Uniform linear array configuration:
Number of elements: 16
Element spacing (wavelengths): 1
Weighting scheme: exponential
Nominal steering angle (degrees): -60
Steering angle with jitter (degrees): -60.878
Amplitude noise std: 0.05
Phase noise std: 0.05

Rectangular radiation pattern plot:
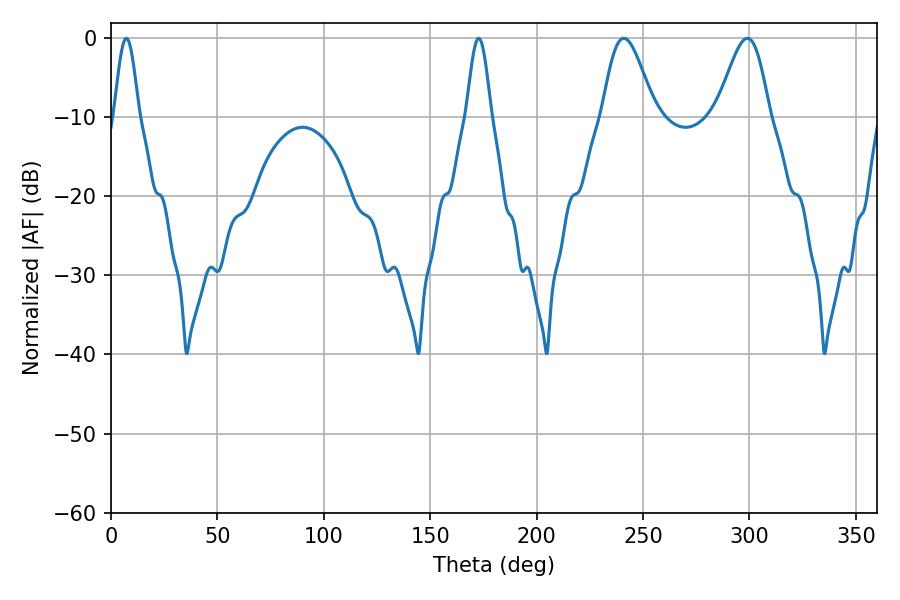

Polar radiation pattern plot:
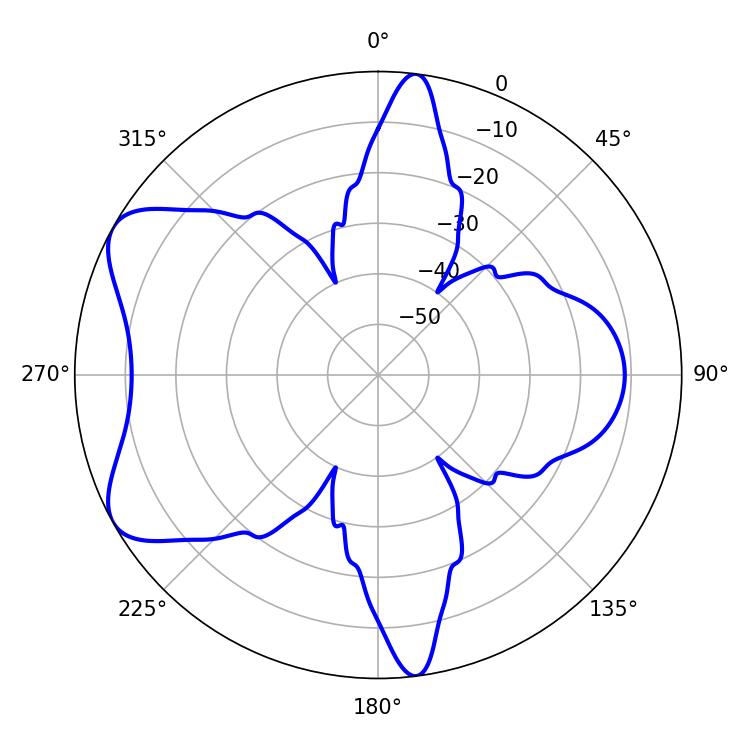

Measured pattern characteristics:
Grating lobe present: TRUE
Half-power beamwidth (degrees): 6.12
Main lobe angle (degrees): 7.2